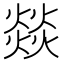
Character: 燚